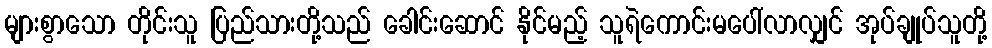
များစွာသော တိုင်းသူ ပြည်သားတို့သည် ခေါင်းဆောင် နိုင်မည့် သူရဲကောင်းမပေါ်လာလျှင် အုပ်ချုပ်သူတို့